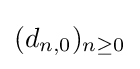
(d_{n,0})_{n\geq 0}